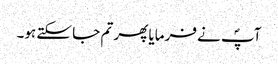
آپؐ نے فرمایا پھر تم جا سکتے ہو۔